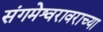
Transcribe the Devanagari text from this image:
संगमेश्वरावराच्या